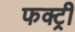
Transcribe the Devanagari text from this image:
फक्ट्री